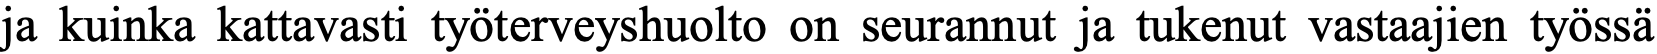
ja kuinka kattavasti työterveyshuolto on seurannut ja tukenut vastaajien työssä